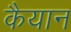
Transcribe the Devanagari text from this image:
कैयान